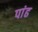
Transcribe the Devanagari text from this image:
पांढ